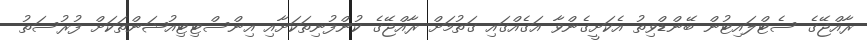
ރާއްޖޭގެ ސެޓްލައިޓުން ބޭންޑްވިތު އެކަށީގެންވާ އަގެއްގައި ގަތުމަށް ރާއްޖޭގެ ކުންފުނިތަކަށާއި އިންސްޓިޓިއުޝަންތަކަށް ފުރުސަތު